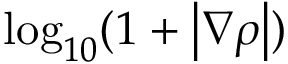
\log _ { 1 0 } ( 1 + \left| \nabla \rho \right| )